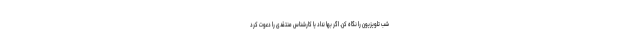
شب تلویزیون را نگاه کن. اگر بها نداد یا کارشناس منتقدی را دعوت کرد